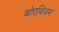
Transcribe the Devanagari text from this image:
बोएथियम